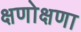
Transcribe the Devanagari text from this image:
क्षणोक्षणा